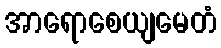
အာရောစေယျမေတံ